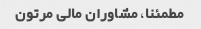
مطمئنا، مشاوران مالی مرتون